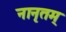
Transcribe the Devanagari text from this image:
नानृतम्